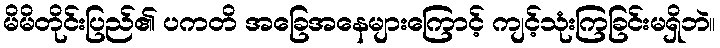
မိမိတိုင်းပြည်၏ ပကတိ အခြေအနေများကြောင့် ကျင့်သုံးကြခြင်းမရှိဘဲ။